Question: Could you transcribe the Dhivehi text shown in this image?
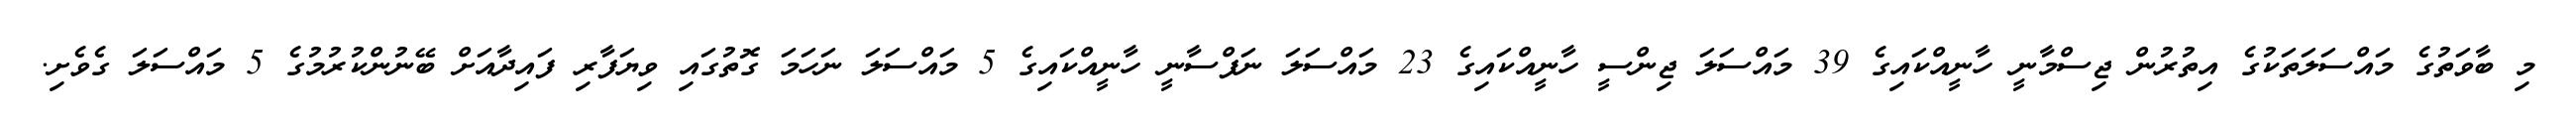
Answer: މި ބާވަތުގެ މައްސަލަތަކުގެ އިތުރުން ޖިސްމާނީ ހާނީއްކައިގެ 39 މައްސަލަ ޖިންސީ ހާނީއްކައިގެ 23 މައްސަލަ ނަފްސާނީ ހާނީއްކައިގެ 5 މައްސަލަ ނަހަމަ ގޮތުގައި ވިޔަފާރި ފައިދާއަށް ބޭނުންކުރުމުގެ 5 މައްސަލަ ގެވެށި.